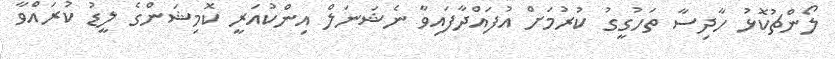
ލޯންޗުކޮޅު ހާދިސާ ތަހުގީގު ކުރުމަށް އުފައްދާފައިވާ ނެޝަނަލް އިންކުއަރީ ކޮމިޝަންގެ ލީޑު ކުރައްވާ